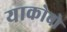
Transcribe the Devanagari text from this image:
याकोबो